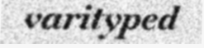
varityped